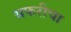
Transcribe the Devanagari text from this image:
सफरीचा